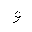
Letter: _waw